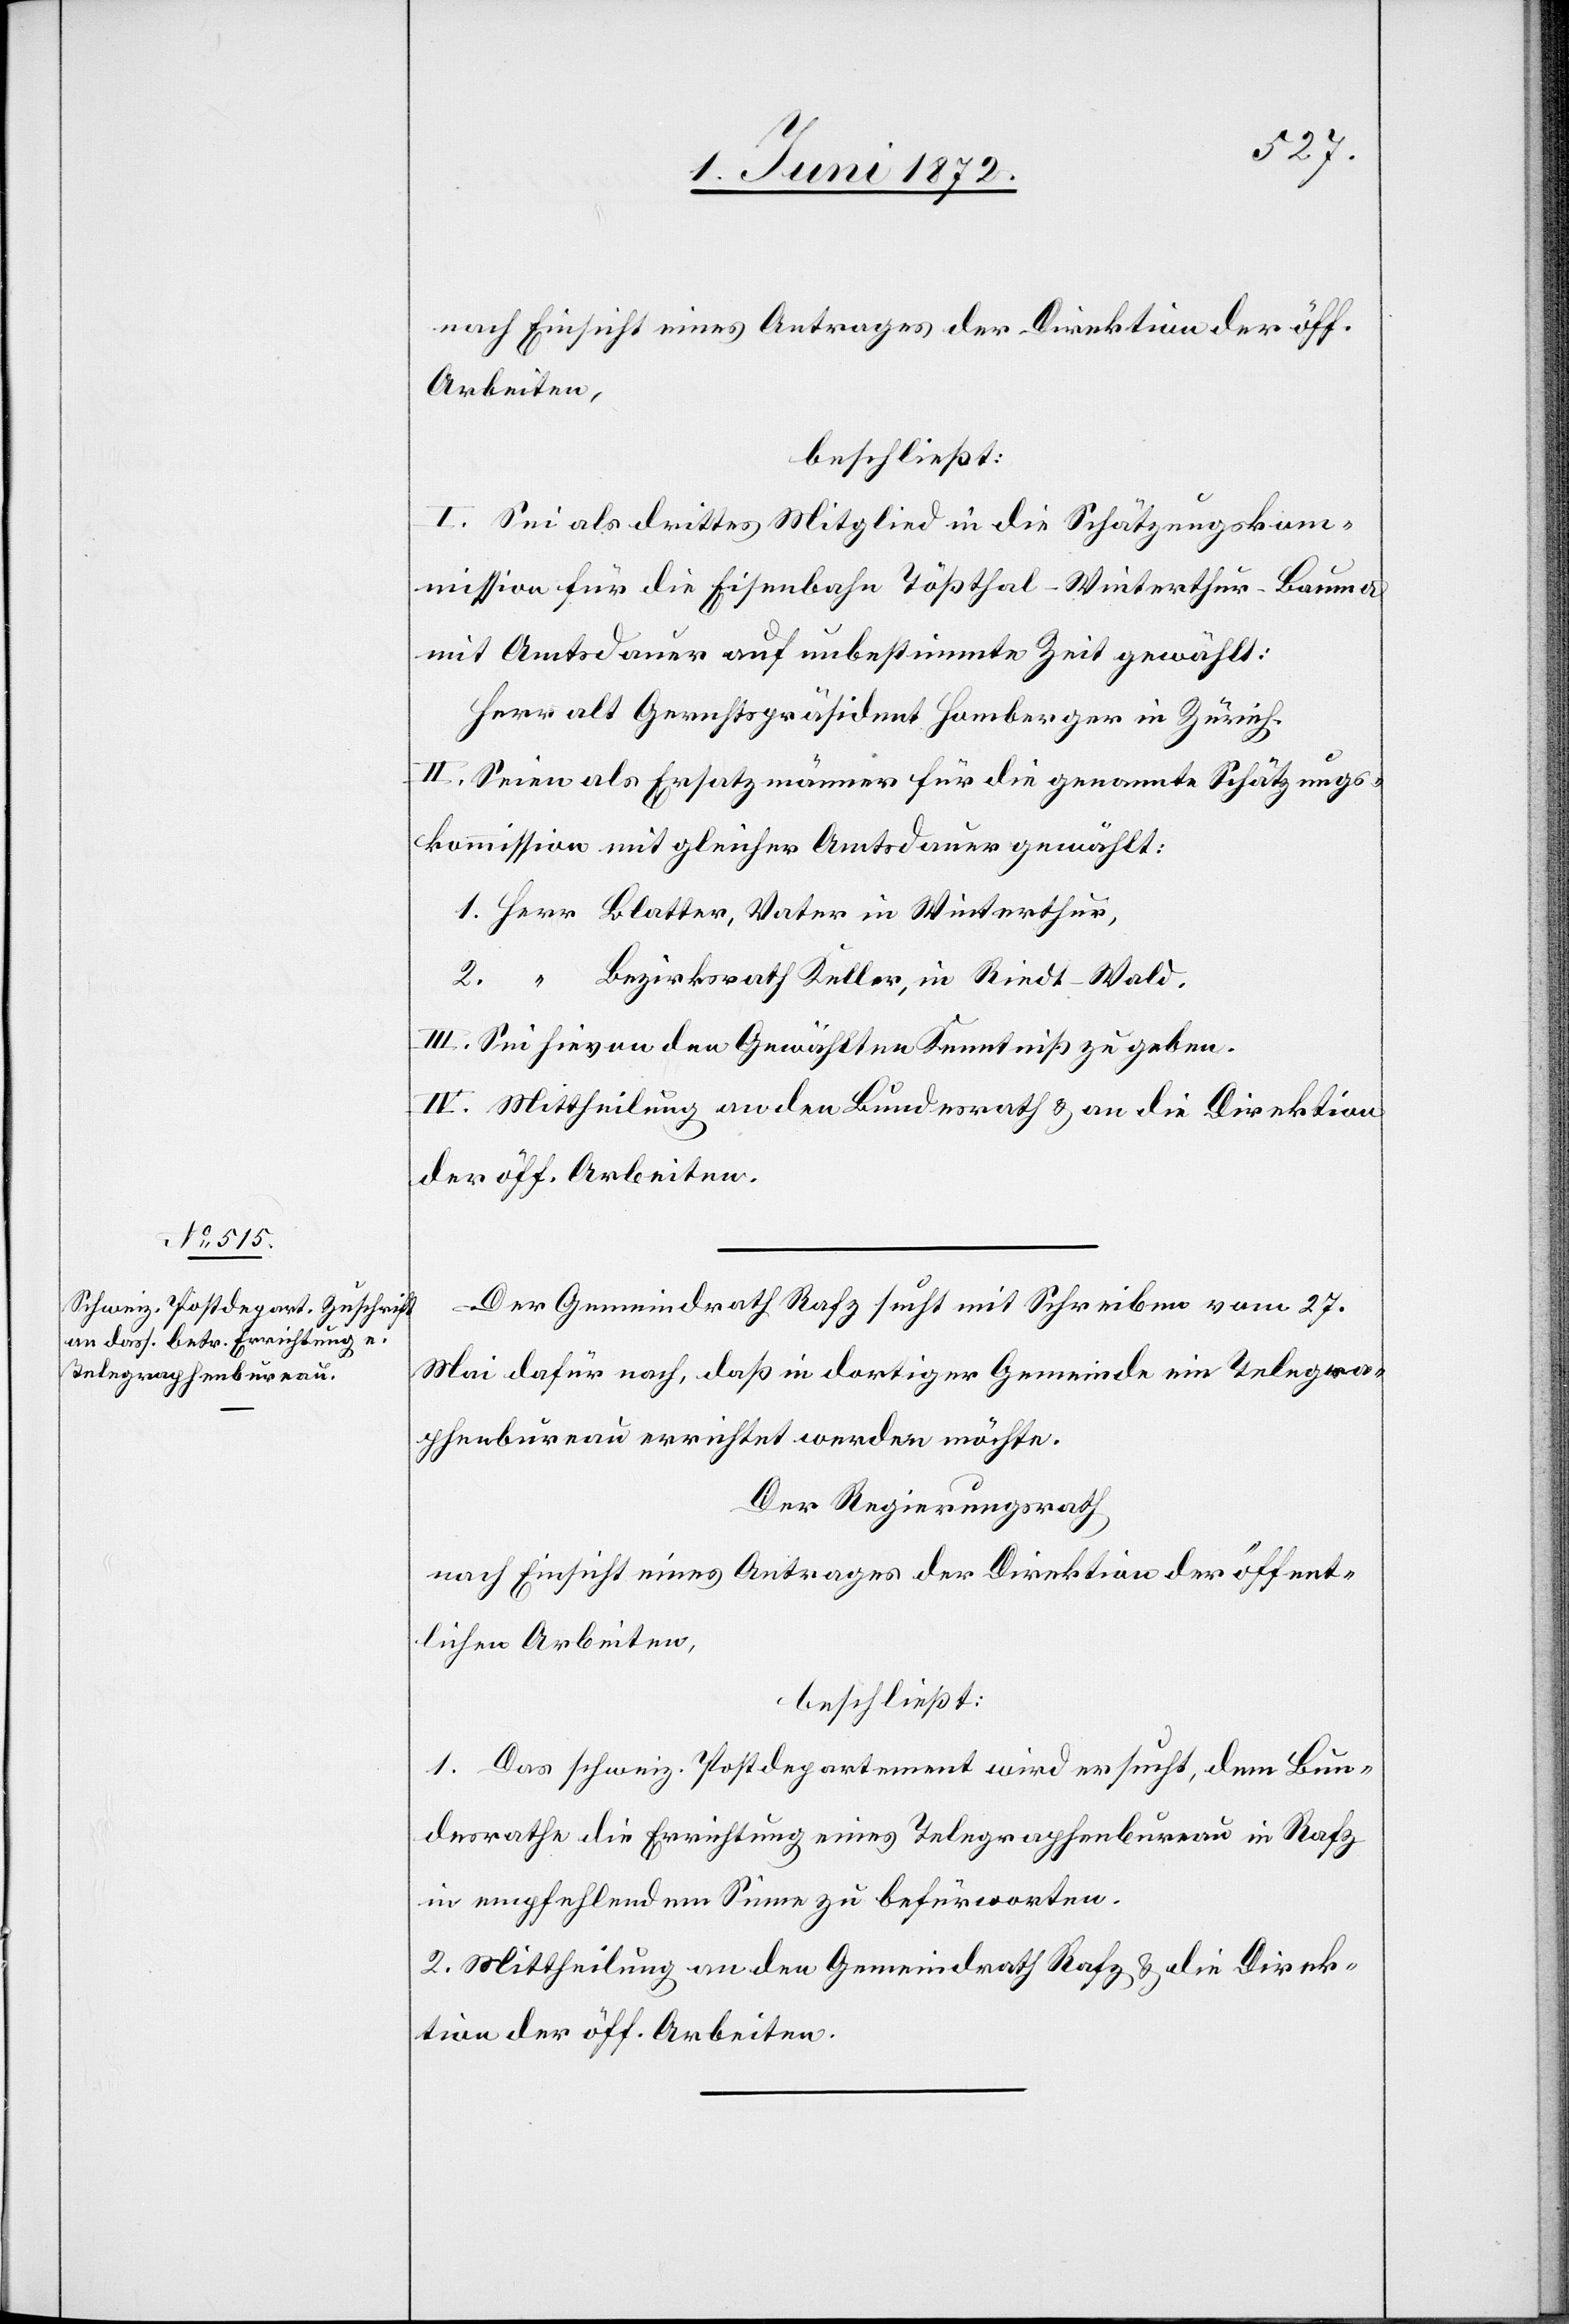
nach Einsicht eines Antrages der Direktion der öff.
Arbeiten,
beschließt:
I. Sei als drittes Mitglied in die Schätzungskom¬
mission für die Eisenbahn Tößthal–Winterthur–Bauma
mit Amtsdauer auf unbestimmte Zeit gewählt:
Herr alt Gerichtspräsident Homberger in Zürich.
II. Seien als Ersatzmänner für die genannte Schätzungs¬
kommission mit gleicher Amtsdauer gewählt:
1. Herr Blatter, Vater in Winterthur,
2. “ Bezirksrath Keller, in Rieth-Wald.
III. Sei hievon den Gewählten Kenntniß zu geben.
IV. Mittheilung an den Bundesrath u. an die Direktion
der öff. Arbeiten.
Der Gemeindrath Rafz sucht mit Schreiben vom 27.
Mai dafür nach, daß in dortiger Gemeinde ein Telegra¬
phenbureau errichtet werden möchte.
Der Regierungsrath
nach Einsicht eines Antrages der Direktion der öffent¬
lichen Arbeiten,
beschließt:
1. Das schweiz. Postdepartement wird ersucht, dem Bun¬
desrathe die Errichtung eines Telegraphenbureau in Rafz
in empfehlendem Sinne zu befürworten.
2. Mittheilung an den Gemeindrath Rafz u. die Direk¬
tion der öff. Arbeiten.